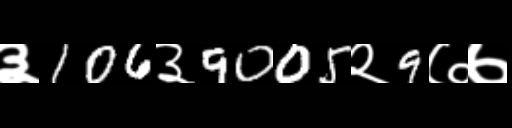
Text: ३106३9005२9७७